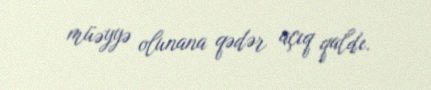
müəyyə olunana qədər açıq qaldı.